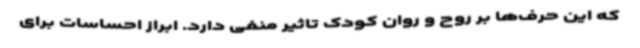
که این حرف‌ها بر روح و روان کودک تاثیر منفی دارد. ابراز احساسات برای